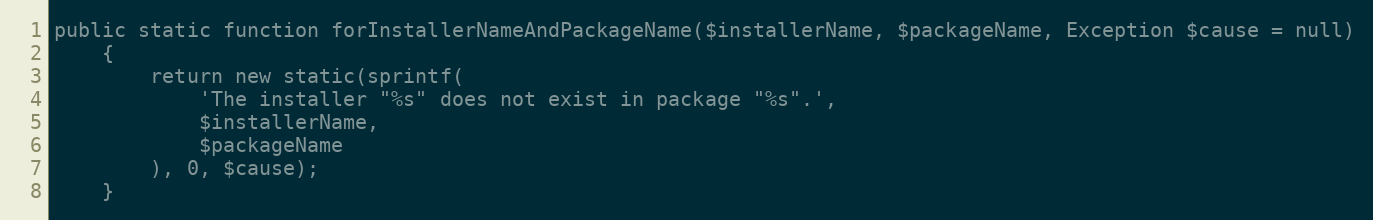
Language: PHP
public static function forInstallerNameAndPackageName($installerName, $packageName, Exception $cause = null)
    {
        return new static(sprintf(
            'The installer "%s" does not exist in package "%s".',
            $installerName,
            $packageName
        ), 0, $cause);
    }